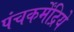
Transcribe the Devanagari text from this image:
पंचकर्मेंद्रिये